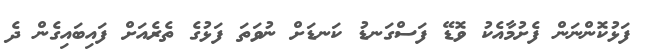
ފަޅުކޮންނަން ފެށުމާއެކު ވޮޑޭ ފަސްގަނޑު ކަނޑަށް ނުވަތަ ފަޅުގެ ތެރެއަށް ފައިބައިގެން ދެ